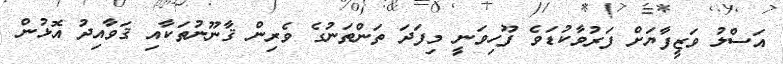
އަސްލު ވަޒީފާޔަށް ފަރުވާކުޑަވެ ފޫހިވަނީ މިފަދަ ތަންތަނުގެ ވެރިން ޤާނޫނުތަކާއި ޤަވާއިދު އޮޅުން